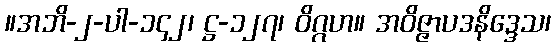
။အဘိ-၂-ပါ-၁၄၂၊ ဋ္ဌ-၁၂၇၊ ဝိဂ္ဂဟ။ အဝိဇ္ဇာပဒနိဒ္ဒေသ၊